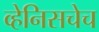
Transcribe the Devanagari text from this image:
व्हेनिसचेच